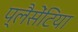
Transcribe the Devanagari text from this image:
प्लैसेंटिया